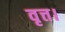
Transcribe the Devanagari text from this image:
वृत्त।